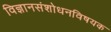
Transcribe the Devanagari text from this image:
विज्ञानसंशोधनविषयक